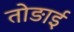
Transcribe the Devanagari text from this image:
तोङाई